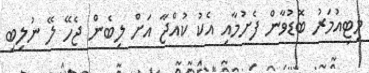
މިޓިއުމަރު ބޮޑުވާން ފެށުމާއި އެކު ކުއްޖާ އަށް ލިބެން ޖެހޭ ލޭ ނުލިބި